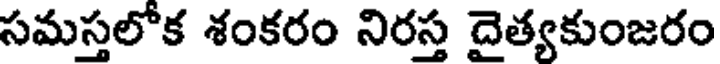
సమస్తలోక శంకరం నిరస్త దైత్యకుంజరం